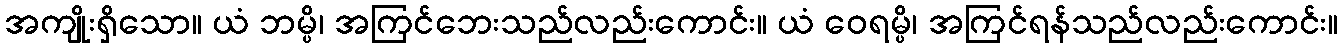
အကျိုးရှိသော။ ယံ ဘမ္ပိ၊ အကြင်ဘေးသည်လည်းကောင်း။ ယံ ဝေရမ္ပိ၊ အကြင်ရန်သည်လည်းကောင်း။